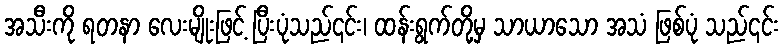
အသီးကို ရတနာ လေးမျိုးဖြင့် ပြီးပုံသည်၎င်း၊ ထန်းရွက်တို့မှ သာယာသော အသံ ဖြစ်ပုံ သည်၎င်း